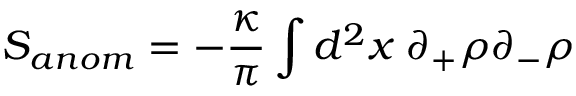
S _ { a n o m } = - \frac { \kappa } { \pi } \int d ^ { 2 } x \; \partial _ { + } \rho \partial _ { - } \rho